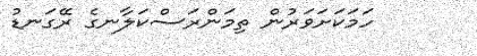
ހަމަކަށަވަރުން ތިމަންރަސްކަލާނގެ ރޭގަނޑު